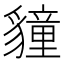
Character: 𮙬